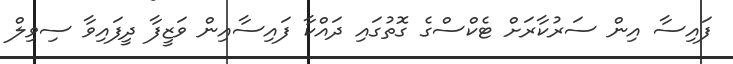
ފައިސާ އިން ސަރުކާރަށް ޓެކްސްގެ ގޮތުގައި ދައްކާ ފައިސާއިން ވަޒީފާ ދީފައިވާ ސިވިލް